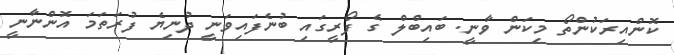
ކޮންއިރަކުންތޯ މިކަން ވާނީ. ބައިބްލް ގެ ފޯރީގައި ބުނެފައިވަނީ ދުނިޔެ ފުރަތަމަ އޮންނާނީ